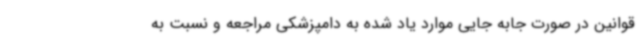
قوانین در صورت جابه جایی موارد یاد شده به دامپزشکی مراجعه و نسبت به